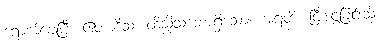
ရောက်ချေပြီ။ ဧတာဒိသံ၊ ထိုသို့သဘောရှိသော။ အရတိံ၊ ငြီးငွေ့ခြင်းသို့။